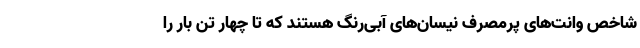
شاخص وانت‌های پرمصرف نیسان‌های آبی‌رنگ هستند که تا چهار تن بار را